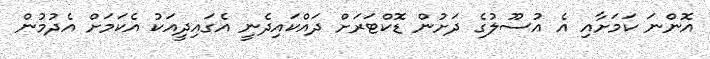
އޮންނަ ކަމަށާއި އެ އުސޫލުގެ ދަށުން ޑޮކްޓަރަށް ދައްކައިދެނީ އެގައިދީއަކު އެކަމަށް އެދުމުން